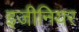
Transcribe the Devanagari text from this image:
इजीनियर